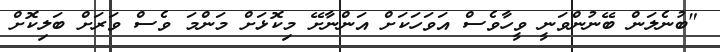
"ބުނެލަން ބޭނުންވަނީ ވީހާވެސް އަވަހަކަށް އަންނާށޭ މިކޮޅަށް މަންމަ ވެސް ވަރަށް ބަލިކޮށް